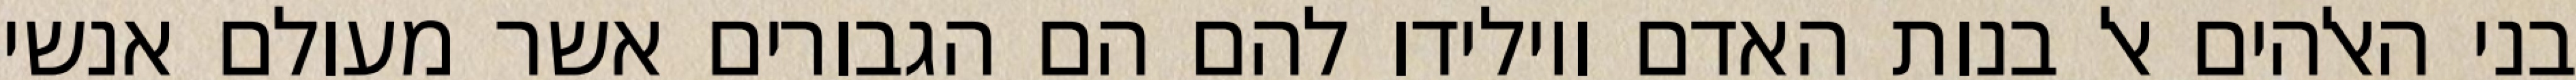
בני האלהים אל בנות האדם ויולידו להם הם הגבורים אשר מעולם אנשי